Vabadussoja_Ajaloo_Komitee, lk 20
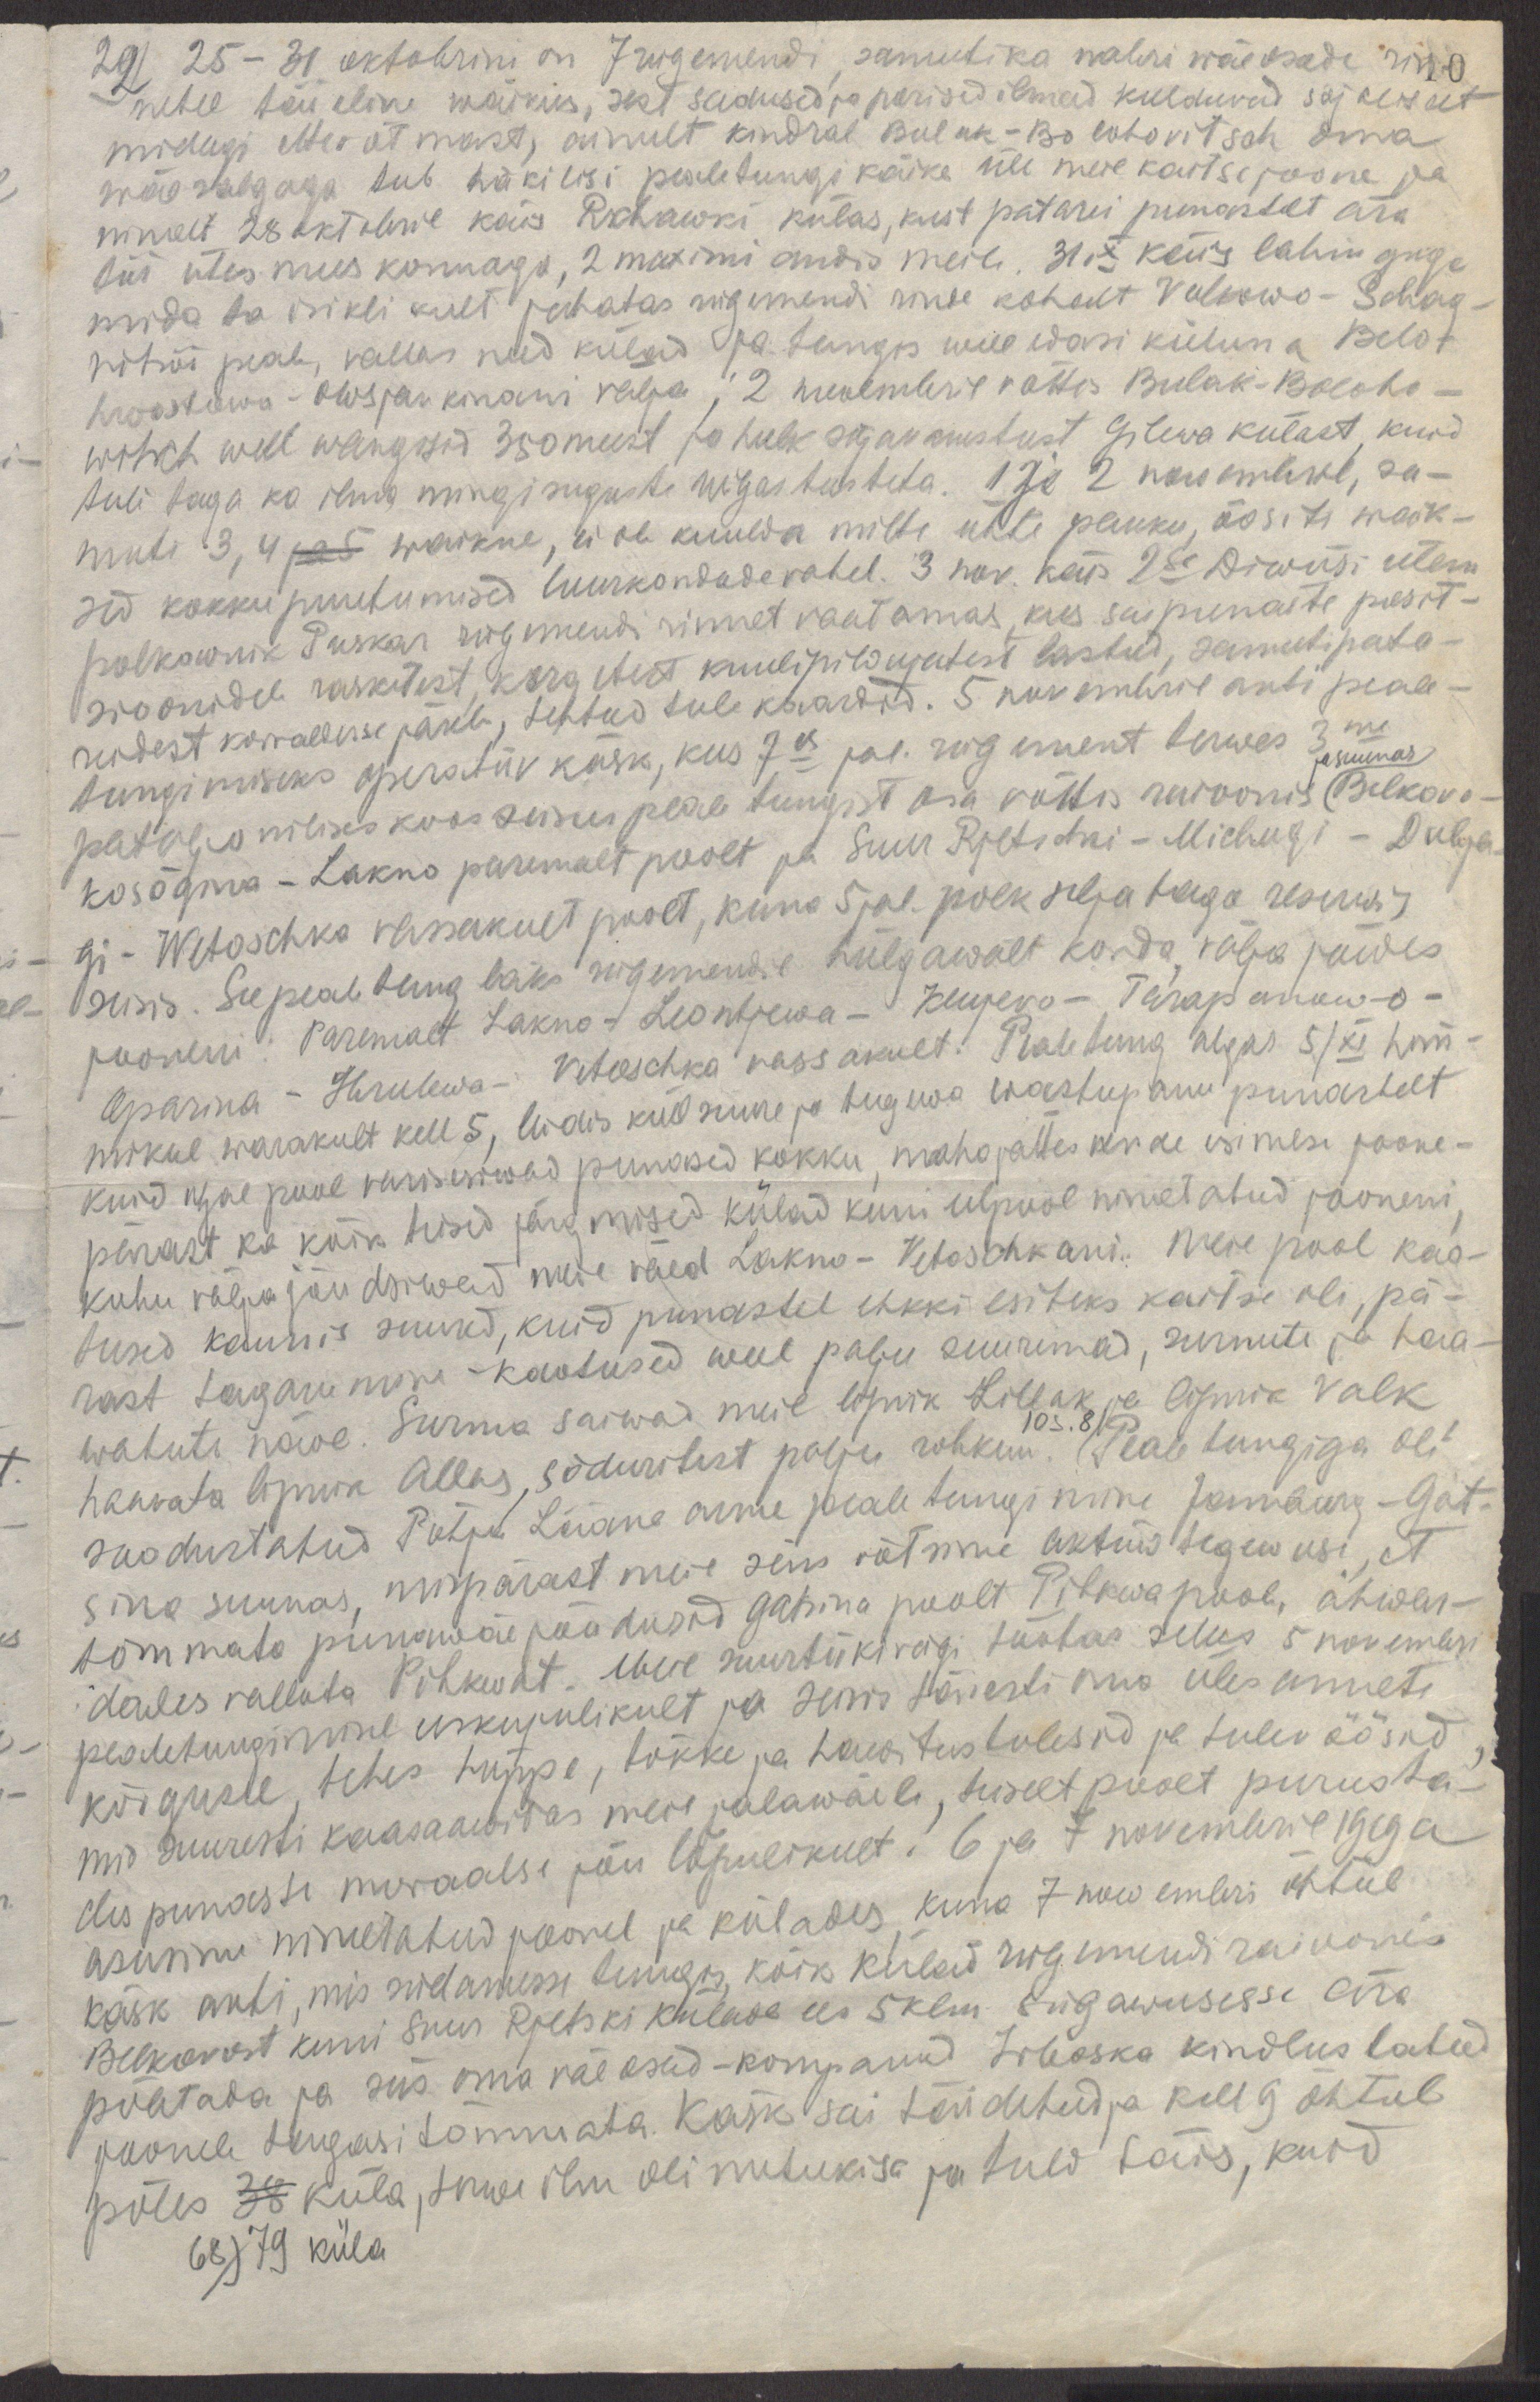
22) 25-31 oktobrini on 7 rügemendi, samuti ka nabri wäeosade rin-
netel täieline waikus, sest sadused ja porised ilmad keelduvad sõjaliselt
midagi ettevõtmast, ainult kindral Bulak-Bolohovitsch oma
wäesalgaga teeb häkilisi pealetungikäike üle meie kaitsejoone ja
nimelt 28 oktobril käis Rschawki külas, kust patarei punastelt ära
tõi ühes meeskonnaga, 2 maximi andis meile. 31.X  käis lahinguga
mida ta isiklikult juhatas rügemendi rinde kohalt Volkowo - Schag-
nitsõi peale, vallas need külad ja tungis weel edasi kiiluna Belo-
hwostowa - Owsjankinani välja; 2 novembril võttis Bulak-Boloho-
witsch weel wangisid 350 meest ja hulk sõjavarustust Gilewa külast, kuid
tuli taga ka ilma mingisuguste wigastusteta. 1 ja 2 novembril, sa-
muti 3,4 ja 5 waikne, ei ole kuulda mitte ühte pauku, öösiti waik-
sed kokkupuutumised luurkondade vahel. 3 nov. käis 2se Diwiisi ülem
polkownik Puskar rügemendi rinnet vaatamas, kus sai punaste posit-
sioonidele rasketest, kergetest kuulipildujatest lastud, samuti pata-
reidest korralduse järele, tehtud tule kaardid. 5 novembril anti peale-
tungimiseks operatiiv käsk, kus 7es jal. rügement terwes 3me
ja suunas
pataljonilises koosseisus  peale tungist osa võttis raioonis Belkovo -
kosõgina - Lakno paremalt poolt ja Suur Rjetschni - Michugi - Dubja-
gi - Wetoschka vassakult poolt, kuna 5 jal. polk selja taga reserwis
seisis. See pealetung läks rügemendil hiilgawalt korda, välja jõudes
jooneni: paremat Lakno - Leontjewa - Klujevo - Tarapanow-o -
Aparina - Hrulewa - Vetoschka vassakult. Pealetung algas 5/XI hom-
mikul warakult kell 5, leias küll suure ja tugewa wastupanu punastelt
kuid igal pool varisesiwad punased kokku, maha jättes nende esimese joone -
pärast ka kõik teised järgmised külad kuni eelpool nimetatud jooneni,
kuhu välja jõudsiwad meie väed Lakno - Vetoschkani. Meie pool kao-
tused kaunis suured, kuid punastel ehkki esiteks kaitse oli, pä-
rast taganemine - kaotused weel palju suuremad, surnute ja haa-
watute näol. Surma saiwad meie lipnik Lillak ja lipnik Valk,
105.8
haavata lipnik Allas, sõduritest palju rohkem. Pealetungiga oli
soodustatud Põhja Lääne arme pealetungimine Jamburg - Gat-
sina suunas, mispärast meie siin võtsime aktiiwtegewusi, et
tõmmata punawäe jõudusid Gatsina poolt Pihkwa poole, ähwar-
dades valluta Pihkwat. Meie suurtükivägi töötas selles 5 novembri
pealetungimisel eeskujulikult ja seisis täiesti oma ülesannete
kõrgusel, tehes hüppe, tõkke ja hawitustulesid ja tulevöösid,
mis suuresti kaasaawitas meie jalawäele, teiselt poolt purusta-
des punaste moraalse jõu lõpulikult. 6 ja 7 novembril 1919 a
asusime nimetatud joonel ja külades, kuhu 7 nowembri õhtul
käsk anti, mis südamesse tungis, kõik külad rügemendi raioonis
Belkovost kuni Suur Rjetski külade ees 5 klm. sügawusesse ära
põletada ja siis oma väeosad - kompaniid Irboska kindlustatud
joonele tagasi tõmmata. Käsk sai täidetud ja kell 9 õhtul
põles 38 küla, terwe ilm oli nutukisa ja tuld täis, kuid
68) 79 küla